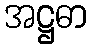
အဋ္ဌဓာ